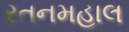
રતનમહાલ